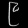
Digit: ၉